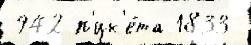
942 п'ик'е́та 1833